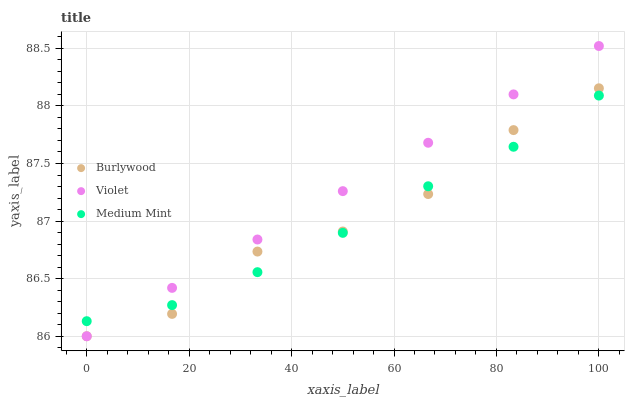
| xaxis_label | Burlywood | Violet | Medium Mint |
 | --- | --- | --- | --- |
 | 0 | 86 | 86 | 86.1 |
 | 16.7 | 86.2 | 86.4 | 86.3 |
 | 33.3 | 86.7 | 86.8 | 86.6 |
 | 50 | 86.9 | 87.3 | 86.9 |
 | 66.7 | 87.2 | 87.7 | 87.3 |
 | 83.3 | 87.8 | 88.1 | 87.6 |
 | 100 | 88.2 | 88.5 | 88.1 |